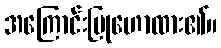
အကြောင်းပြုဟောထား၏။